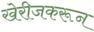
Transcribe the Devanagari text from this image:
खेरीजकरून